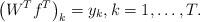
LaTeX: \begin{align*}\left(W^Tf^T\right)_k=y_k,k=1,\ldots,T.\end{align*}